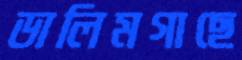
ডালিমগাছে